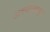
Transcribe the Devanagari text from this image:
अवयवाकडून